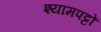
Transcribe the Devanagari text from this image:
श्यामपट्टों